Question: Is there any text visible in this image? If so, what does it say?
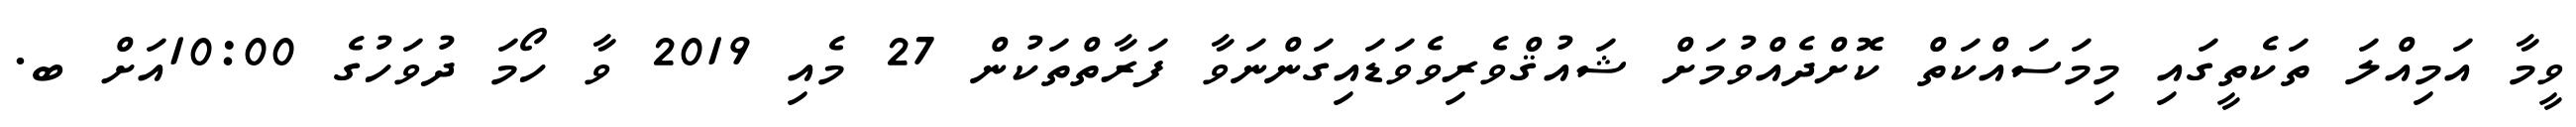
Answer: ވީމާ އަމިއްލަ ތަކެތީގައި މިމަސައްކަތް ކޮށްދެއްވުމަށް ޝައުޤްވެރިވެވަޑައިގަންނަވާ ފަރާތްތަކުން 27 މެއި 2019 ވާ ހޯމަ ދުވަހުގެ 10:00އަށް ބ.